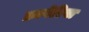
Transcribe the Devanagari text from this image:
फ्रागेरिया